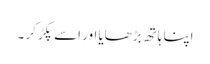
اپنا ہاتھ بڑھایا اور اسے پکڑ کر ۔